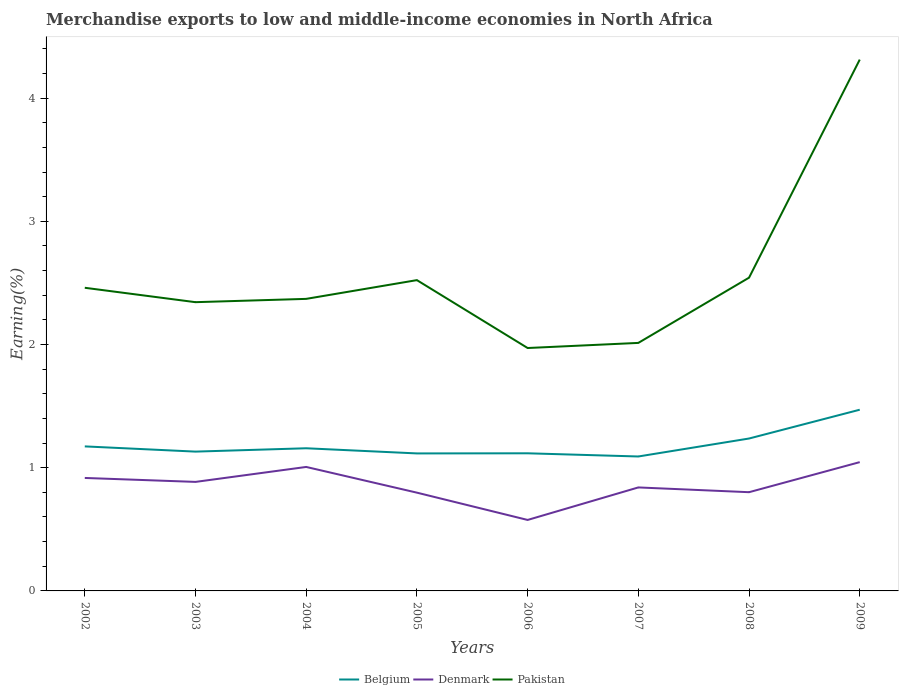
| Years | Belgium | Denmark | Pakistan |
 | --- | --- | --- | --- |
 | 2002 | 1.17 | 0.917 | 2.46 |
 | 2003 | 1.13 | 0.885 | 2.34 |
 | 2004 | 1.16 | 1.01 | 2.37 |
 | 2005 | 1.12 | 0.798 | 2.52 |
 | 2006 | 1.12 | 0.576 | 1.97 |
 | 2007 | 1.09 | 0.84 | 2.01 |
 | 2008 | 1.24 | 0.801 | 2.54 |
 | 2009 | 1.47 | 1.05 | 4.31 |